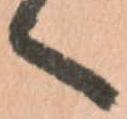
へ